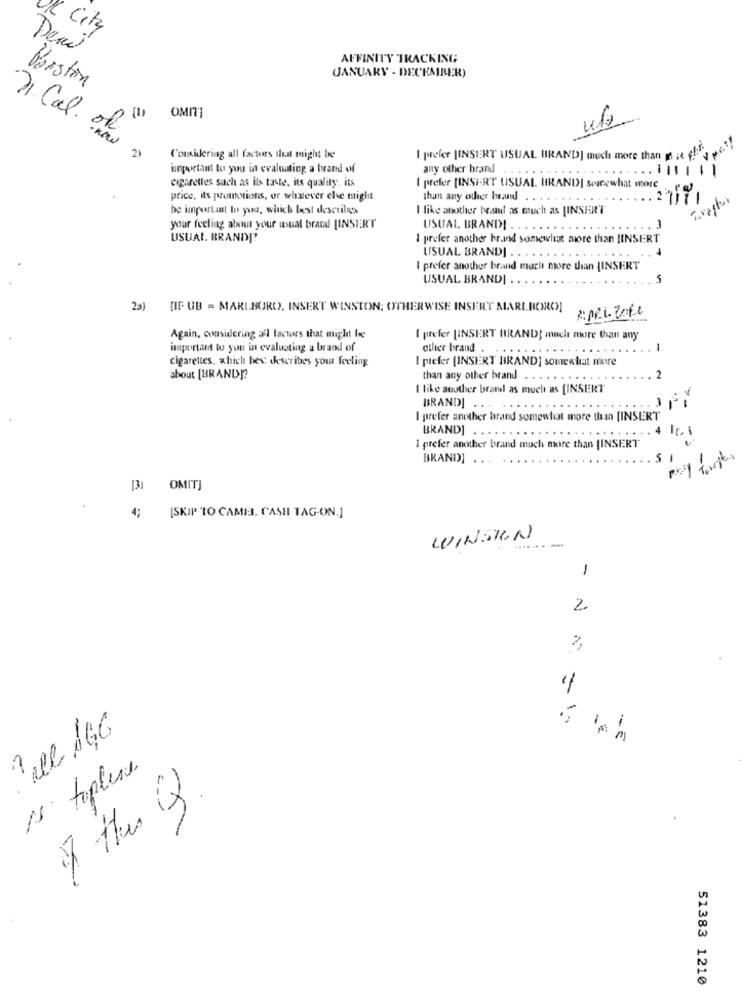
al City
Dead
AFFINITY TRACKING
JANUARY - DECEMBER)
Parston
7. Cal. of
- now
20
Considering all factors that might be
I prefer [INSERT USUAL BRAND] much more than p it
unportant to you in evaluating a brandt of
any other brand
cigarettes such as its taste. its quality. its
I prefer [INSERT USUAL BRAND] somewhat more
price, its promotions, or whatever else might
than any other band . . .
he important to you, which best describes
I like another beaamt as much as [INSERT
your feeling about your usual brand [INSIER'T
USUAL BRAND! .
.
3
USUAL. BRANDIT
I prefer another brand somewhat more than IINSERT
USUAL BRAND] .
I prefer another brand much more than [INSERT
USUAL BRANDI .
5
23) [IF UB = MARLBORO, INSERT WINSTON; OTHERWISE INSERT MARLBORO]
R: PPL. Zofe
Again, considering all factors that might be
I prefer UINSERT BRAND] much more than any
important to you in evaluating a brand of
other brand
....
1
cigarettes, which hes: chescribes your feeling
I prefer [INSERT BRAND] somewhat more
about [BRAND]?
than any other brand
2
I like another brand as much as [INSERT
BRAND]
I prefer another brand somewhat more than [INSERT
BRAND]
.....
4 Ici
1 prefer another brand much more than [INSERT"
BRAND]
...
s
[3] OMIT]
4; [SKIP TO CAMI. CASH TAG-ON.]
WINSTON
.----
1
2
N. =
15 topless
51383 1210